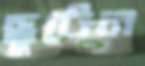
ছুটেন